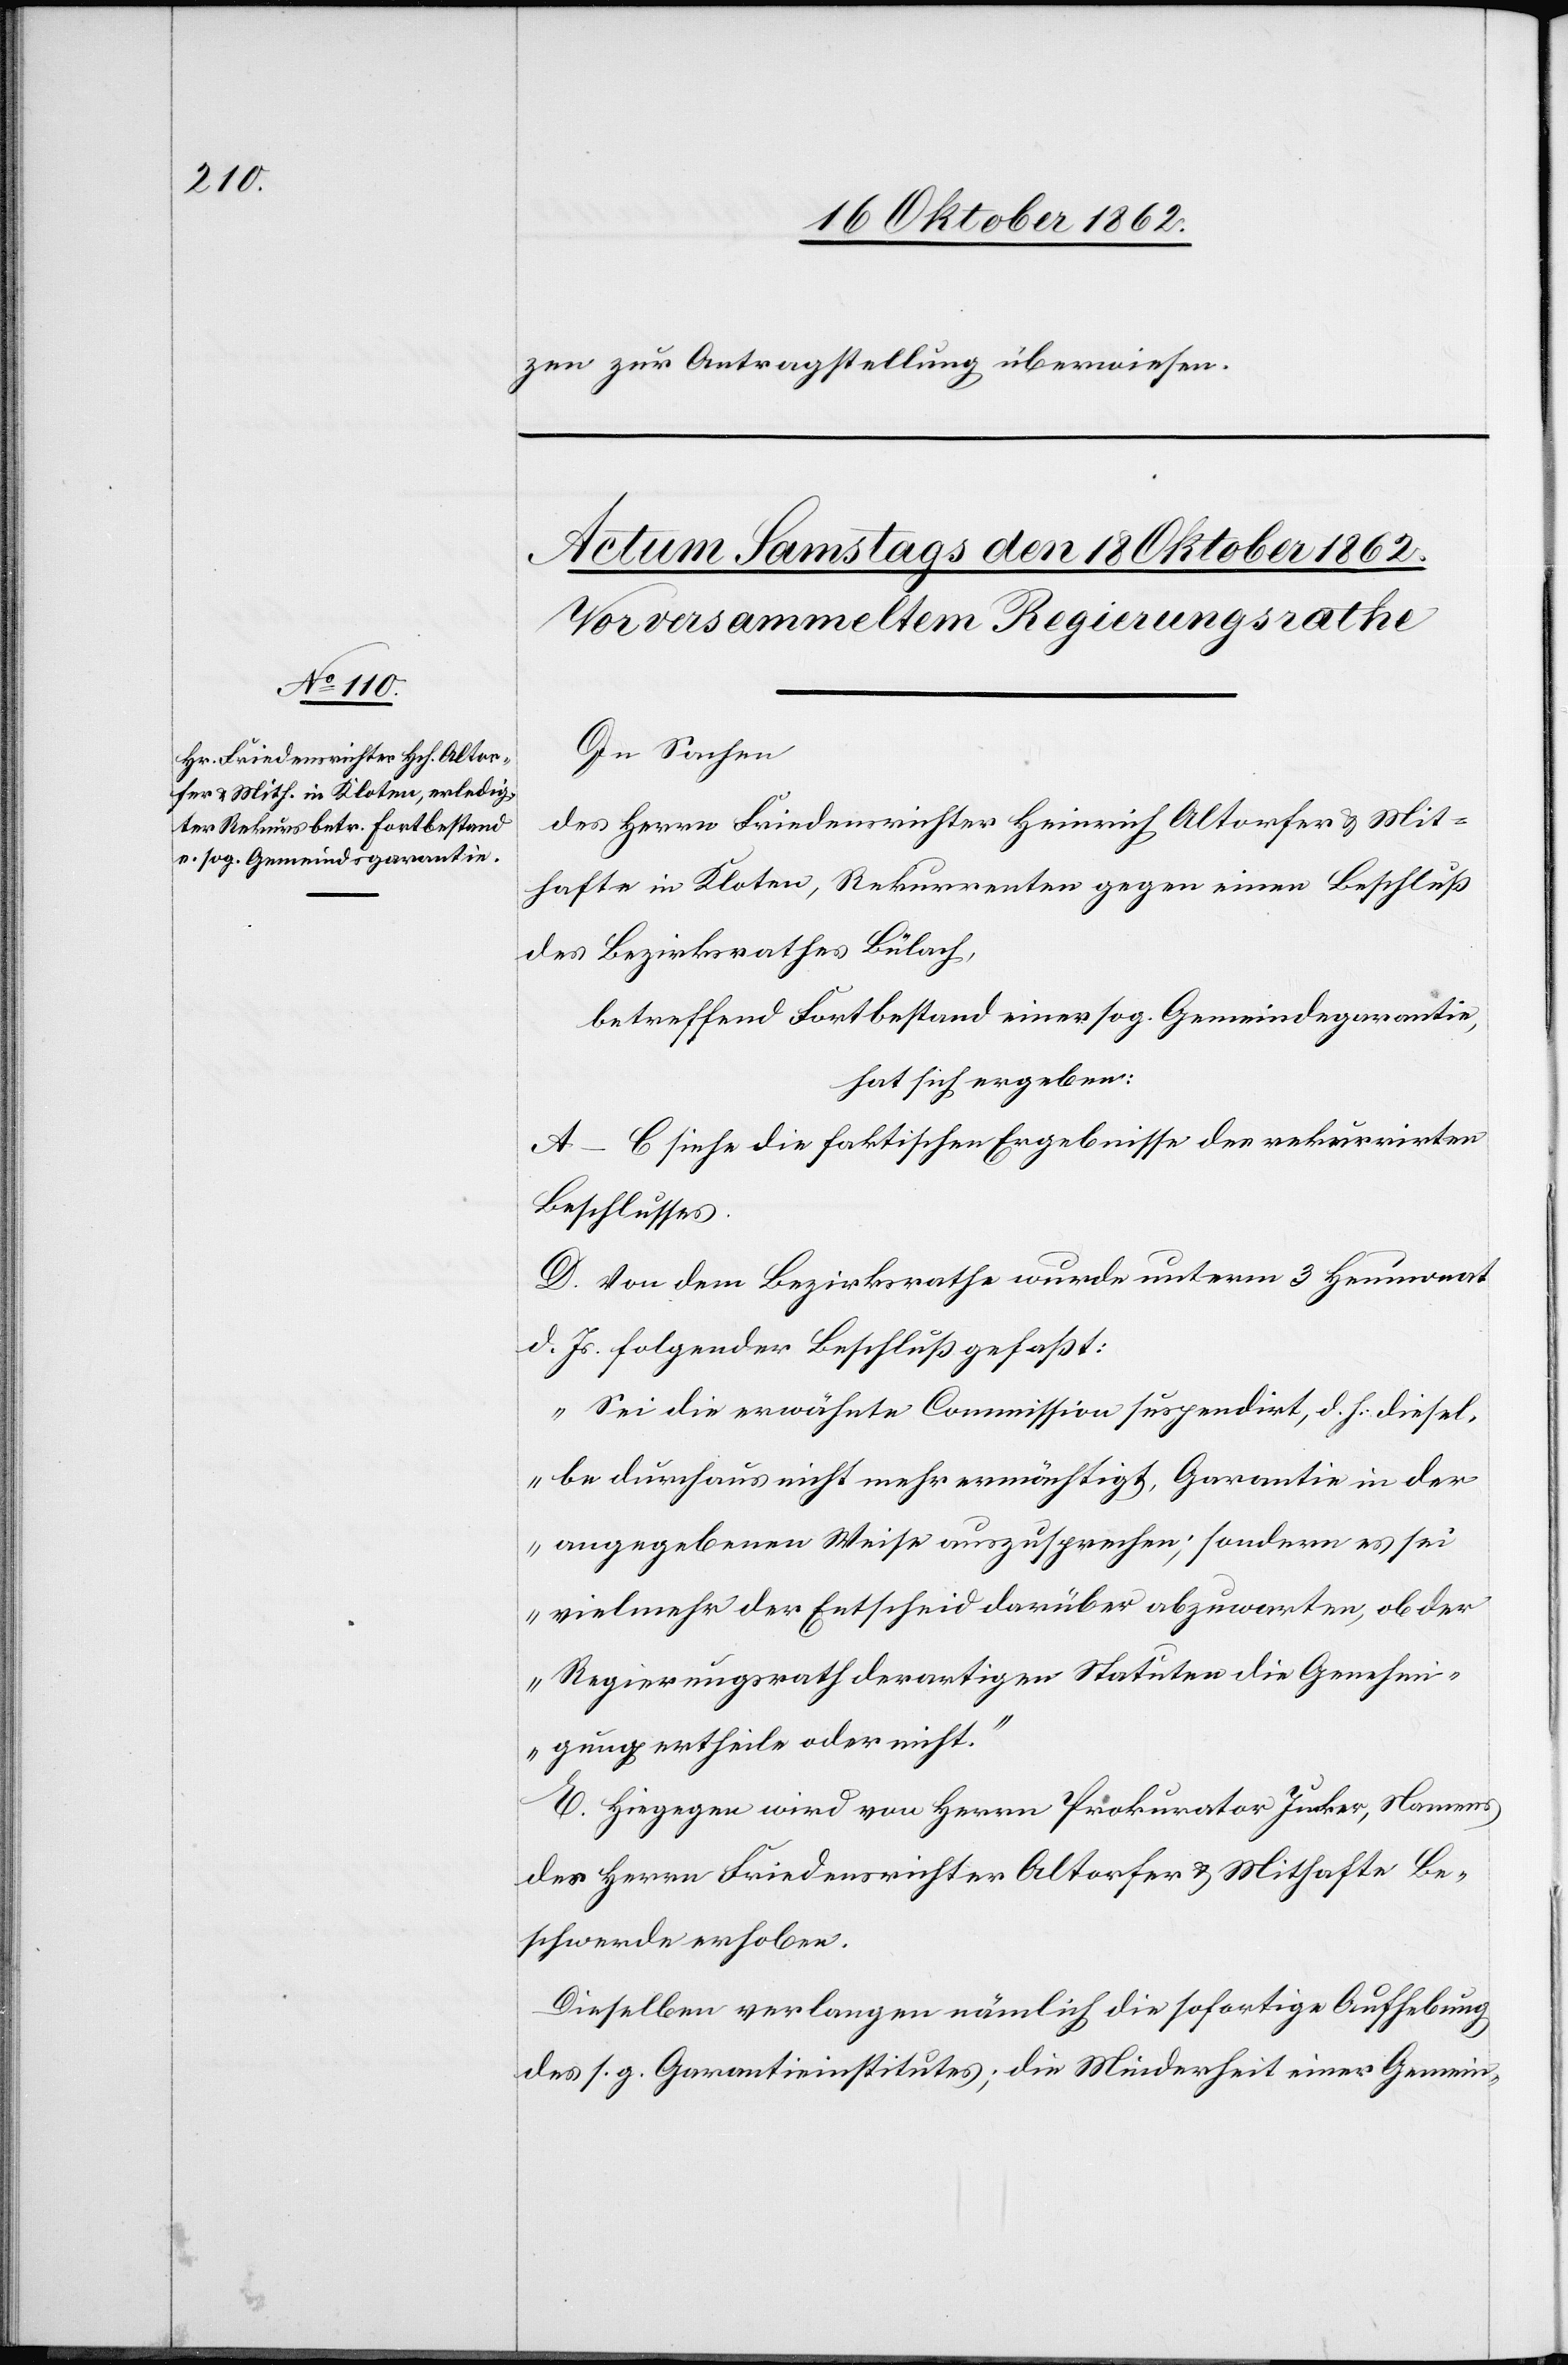
zen zur Antragsstellung überwiesen.
In Sachen
des Herrn Friedensrichter Heinrich Altorfer u. Mit¬
hafte in Kloten, Rekurrenten gegen einen Beschluß
des Bezirksrathes Bülach,
betreffend Fortbestand einer sog. Gemeindegarantie,
hat sich ergeben:
A–C siehe die faktischen Ergebnisse der rekurrirten
Beschlusses.
D. Von dem Bezirksrathe wurde unterm 3. Heumonat
d. Js. folgender Beschluß gefaßt:
„Sei die erwähnte Commission suspendirt, d. h. diesel¬
be durch aus nicht mehr ermächtigt, Garantie in der
angegebenen Weise auszusprechen; sondern es sei
vielmehr der Entscheid darüber abzuwarten, ob der
Regierungsrath derartigen Statuten die Genehmi¬
gung ertheile oder nicht.“
E. Hiegegen wird von Herrn Prokurator Jucker, Namens
des Herrn Friedensrichter Altorfer u. Mithafte Be¬
schwerde erhoben.
Dieselben verlangen nämlich die sofortige Aufhebung
des s. g. Garantieinstitutes; die Minderheit einer Gemein-